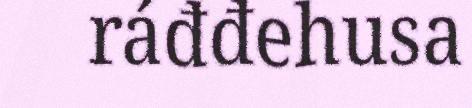
ráđđehusa